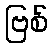
ဗြစ်